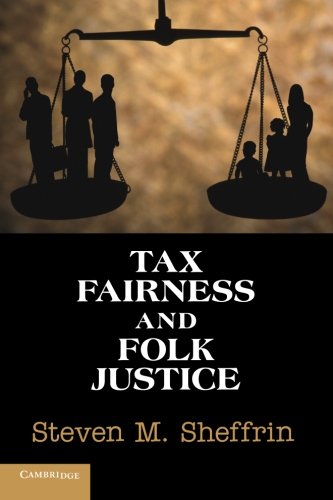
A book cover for Tax Fairness and Folk Justice; Steven M. Sheffrin; Business & Money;